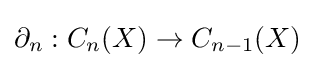
\partial _{n}:C_{n}(X)\to C_{n-1}(X)